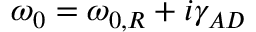
\omega _ { 0 } = \omega _ { 0 , R } + i \gamma _ { A D }